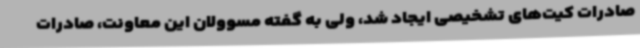
صادرات کیت‌های تشخیصی ایجاد شد، ولی به گفته مسوولان این معاونت، صادرات